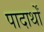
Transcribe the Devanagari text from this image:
पादार्थों